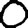
Digit: 0